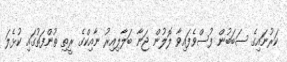
ކަރުނައިގެ ސަބަބުން ފުސްވެފައިވާ ލޮލުން ޖަނާ ބަލާލިއިރު ނާއިކްގެ ރީތި ތުންފަތުގައި ކުޅެލަ